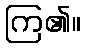
ကြ၏။